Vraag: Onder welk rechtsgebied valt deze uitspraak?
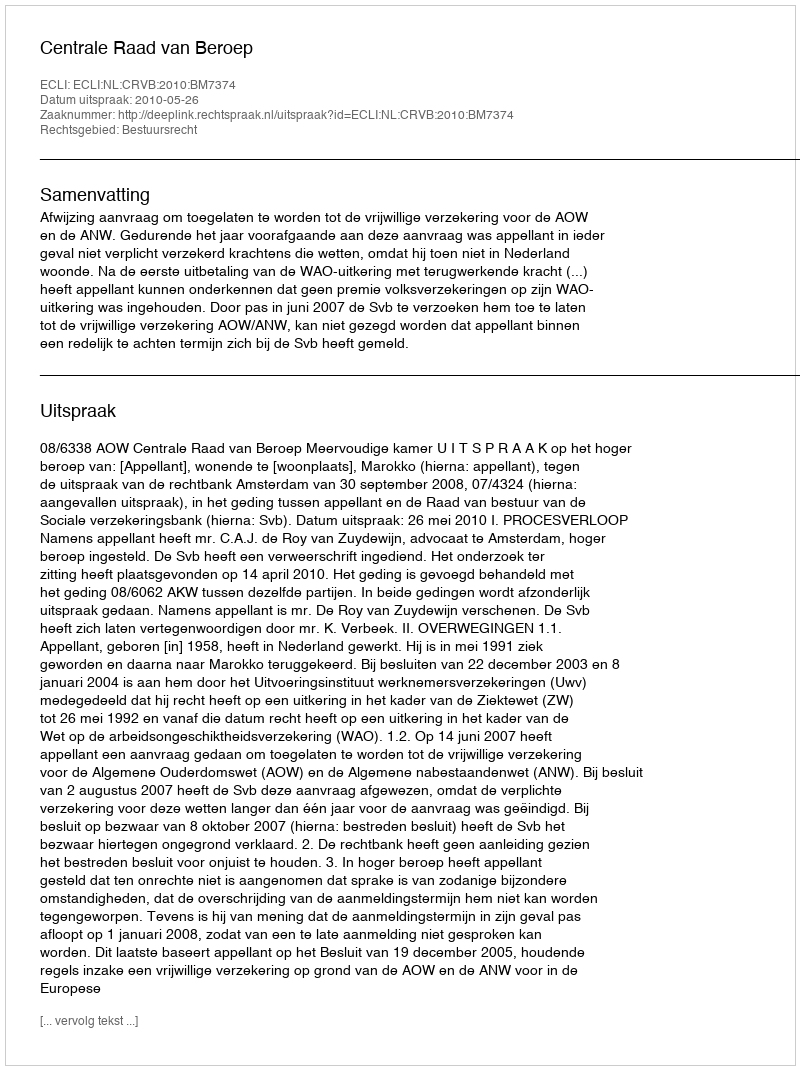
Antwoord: Bestuursrecht